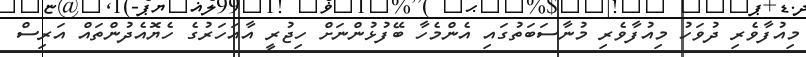
މިއުފާވެރި ދުވަހު މިއުފާވެރި މުނާސަބަތުގައި އެންމެހާ ބޭފުޅުންނަށް ހިޖުރީ އާއަހަރުގެ ހެޔޮއެދުންތައް އަރިސް